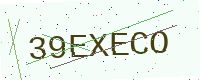
Text: 39EXECO